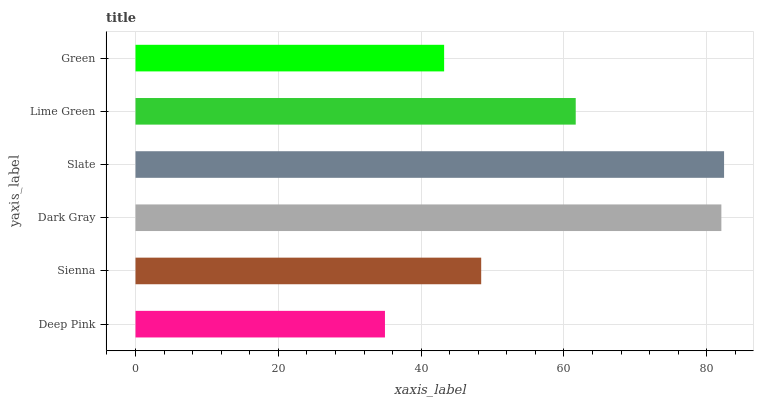
| yaxis_label | bars |
 | --- | --- |
 | Deep Pink | 34.9 |
 | Sienna | 48.4 |
 | Dark Gray | 82 |
 | Slate | 82.4 |
 | Lime Green | 61.6 |
 | Green | 43.2 |